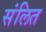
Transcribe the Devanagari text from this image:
संलित